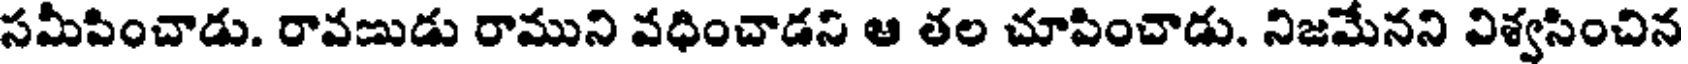
సమీపించాడు. రావణుడు రాముని వధించాడని ఆ తల చూపించాడు. నిజమేనని విశ్వసించిన